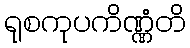
ရုစကုပကိဏ္ဏံတိ